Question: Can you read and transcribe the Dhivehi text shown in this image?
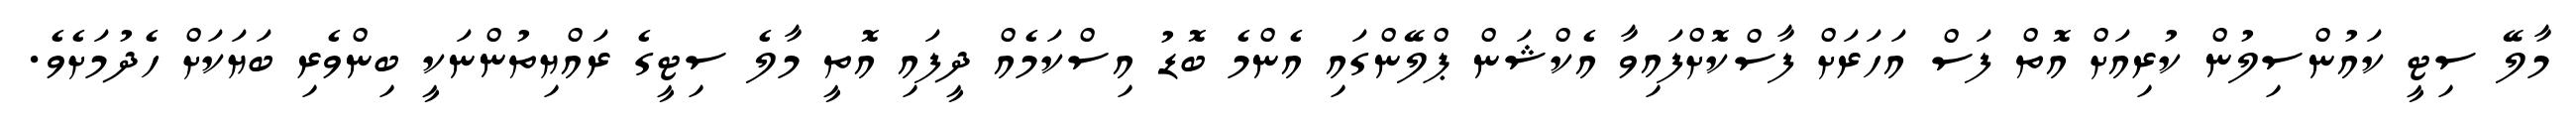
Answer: މާލޭ ސިޓީ ކައުންސިލުން ކުރިއަށް އޮތް ފަސް އަހަރަށް ފާސްކޮށްފައިވާ އެކްޝަން ޕްލޭންގައި އެންމެ ބޮޑު އިސްކަމެއް ދީފައި އޮތީ މާލެ ސިޓީގެ ރައްޔިތުންނަކީ ބިންވެރި ބަޔަކަށް ހެދުމަށެވެ.